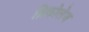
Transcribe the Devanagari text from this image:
ब्रिकोलेज